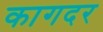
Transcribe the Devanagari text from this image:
कागदर